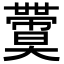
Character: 𡚙